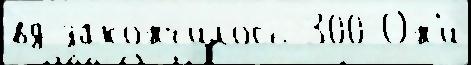
вд зако́нчилось 300 Он'и́